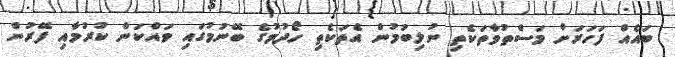
ބައެއް ފަހަރަށް މަސްތުވާތަކެތި ނުލިބުމުން އެތަކެތި ހޯދުމުގެ ބޭނުމުގައި ވައްކަން ކުރުމާއި ފޭރުން